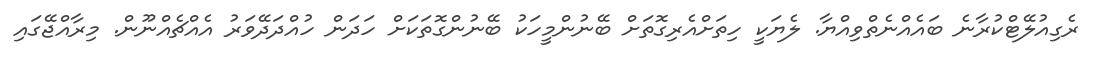
ރެގިއުލޭޓްކުރާނެ ބައެއްނެތްވިއްޔާ. ލެޔަކީ ހިތަށްއެރިގޮތަށް ބޭނުންމީހަކު ބޭނުންގޮތަކަށް ހަދަން ހުއްދަދޭވަރު އެއްޗެއްނޫން. މިރާއްޖޭގައި